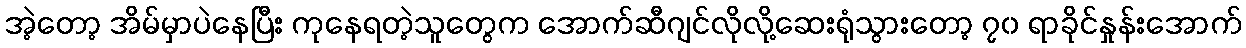
အဲ့တော့ အိမ်မှာပဲနေပြီး ကုနေရတဲ့သူတွေက အောက်ဆီဂျင်လိုလို့ဆေးရုံသွားတော့ ၇၀ ရာခိုင်နှုန်းအောက်